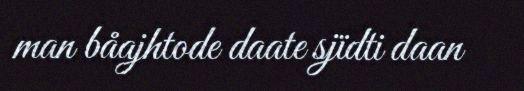
man båajhtode daate sjïdti daan